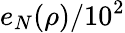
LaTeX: e_{N}(\rho)/10^{2}